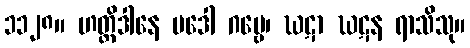
၁၁၂၈။ ဟတ္ထိဒါနေ မဒေါ ဂဗ္ဗေ၊ ဃဋာ ဃဋန ရာသိသု။